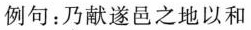
例句：乃献遂邑之地以和